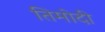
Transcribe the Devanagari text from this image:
तिमोदी